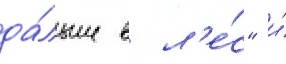
да́льше в л'е́с" и́